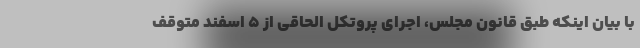
با بیان اینکه طبق قانون مجلس، اجرای پروتکل الحاقی از ۵ اسفند متوقف